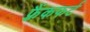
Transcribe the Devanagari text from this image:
फ़्रैंकफर्ट